Indian Medical Review
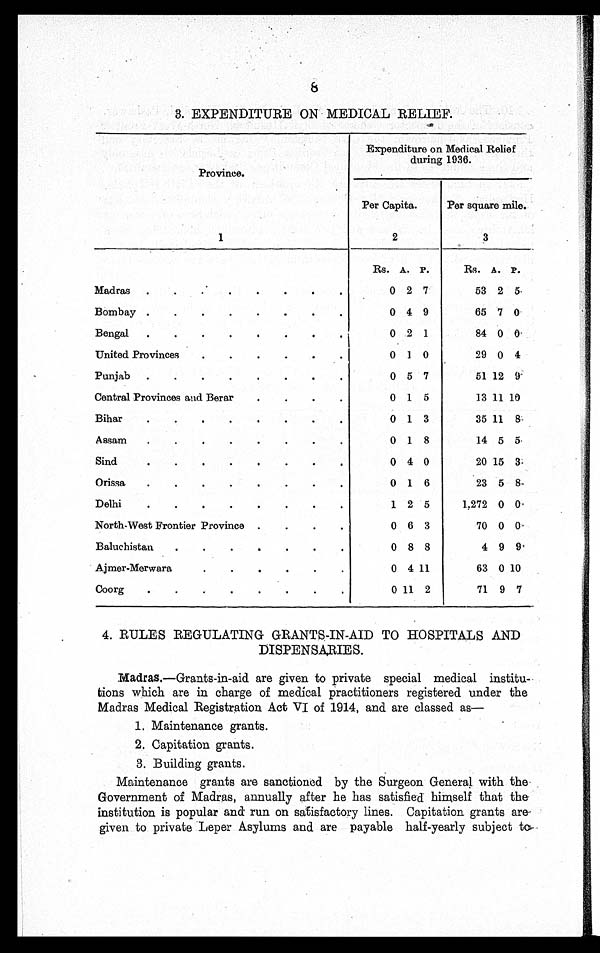
8
3. EXPENDITURE ON MEDICAL RELIEF.
Province.
Expenditure on Medical Relief
during 1936.
Per Capita.
Per square mile.
1
2
3
Rs. A. P.
Rs. A. P.
Madras . . .
0 2 7
53 2 5
Bombay . . .
0 4 9
65 7 0
Bengal . . .
0 2 1
84 0 0
United Provinces . . .
0 1 0
29 0 4
Punjab . . .
0 5 7
51 12 9
Central Provinces and Berar . . .
0 1 5
13 11 10
Bihar . . .
0 1 3
35 11 8
Assam . . .
0 1 8
14 5 5
Sind . . .
0 4 0
20 15 3
Orissa . . .
0 1 6
23 5 8
Delhi . . .
1 2 5
1,272 0 0
North-West Frontier Province . . .
0 6 3
70 0
0
Baluchistan . . .
0 8 8
4 9 9
Ajmer-Merwara . . .
0 4 11
63
0 10
Coorg . . .
0 11 2
71 9 7
4. RULES REGULATING GRANTS-IN-AID TO HOSPITALS AND
DISPENSARIES.
Madras.—Grants-in-aid are given to private special medical institu
- t i o n s w h i c h a r e i n c h a r g e o f m e d i c a l p r a c t i t i o n e r s r e g i s t e r e d u n d e r t h e
Madras Medical Registration Act VI of 1914, and are classed as
—
1. Maintenance grants.
2. Capitation grants.
3. Building grants.
Maintenance grants are sanctioned by the Surgeon General with the
Government of Madras, annually after he has satisfied himself that the
institution is popular and run on satisfactory lines. Capitation grants are
given to private Leper Asylums and are payable half-yearly subject to